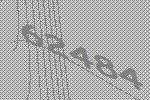
62484